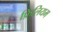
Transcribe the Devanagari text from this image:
फ़िलियम